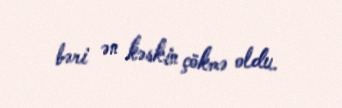
bəri ən kəskin çökmə oldu.